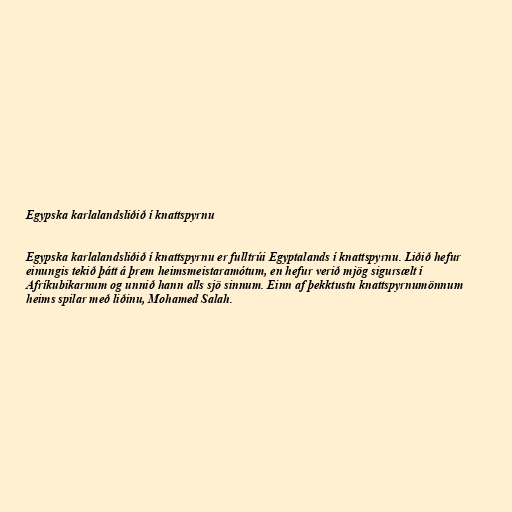
Egypska karlalandsliðið í knattspyrnu

Egypska karlalandsliðið í knattspyrnu er fulltrúi Egyptalands í knattspyrnu. Liðið hefur
einungis tekið þátt á þrem heimsmeistaramótum, en hefur verið mjög sigursælt í
Afríkubikarnum og unnið hann alls sjö sinnum. Einn af þekktustu knattspyrnumönnum
heims spilar með liðinu, Mohamed Salah.